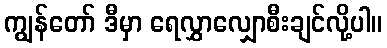
ကျွန်တော် ဒီမှာ ရေလွှာလျှောစီးချင်လို့ပါ။